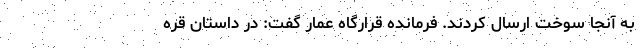
به آنجا سوخت ارسال کردند. فرمانده قرارگاه عمار گفت: در داستان قره